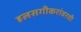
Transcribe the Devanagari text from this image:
हलसगीकरांवरती